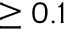
\ge 0 . 1